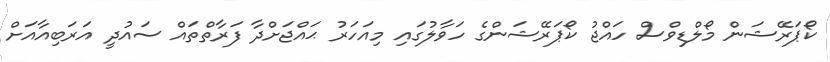
ކޯޕަރޭޝަން މޯލްޑިވްސް ހައްޖު ކޯޕަރޭޝަންގެ ހަވާލުގައި މިއަހަރު ޙައްޖަށްދާ ފަރާތްތައް ސައުދީ އަރަބިއާއަށް